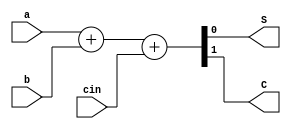
module fa(a,b,cin,S,C);
input a,b,cin;
output S,C;
assign {C,S}=a+b+cin;
endmodule